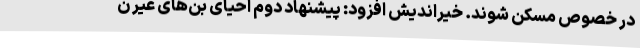
در خصوص مسکن شوند. خیراندیش افزود: پیشنهاد دوم احیای بن‌های غیر ن